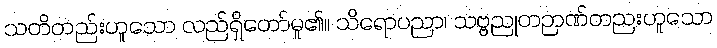
သတိတည်းဟူသော လည်ရှိတော်မူ၏။ သိရောပညာ၊ သဗ္ဗညုတဉာဏ်တညးဟူသော